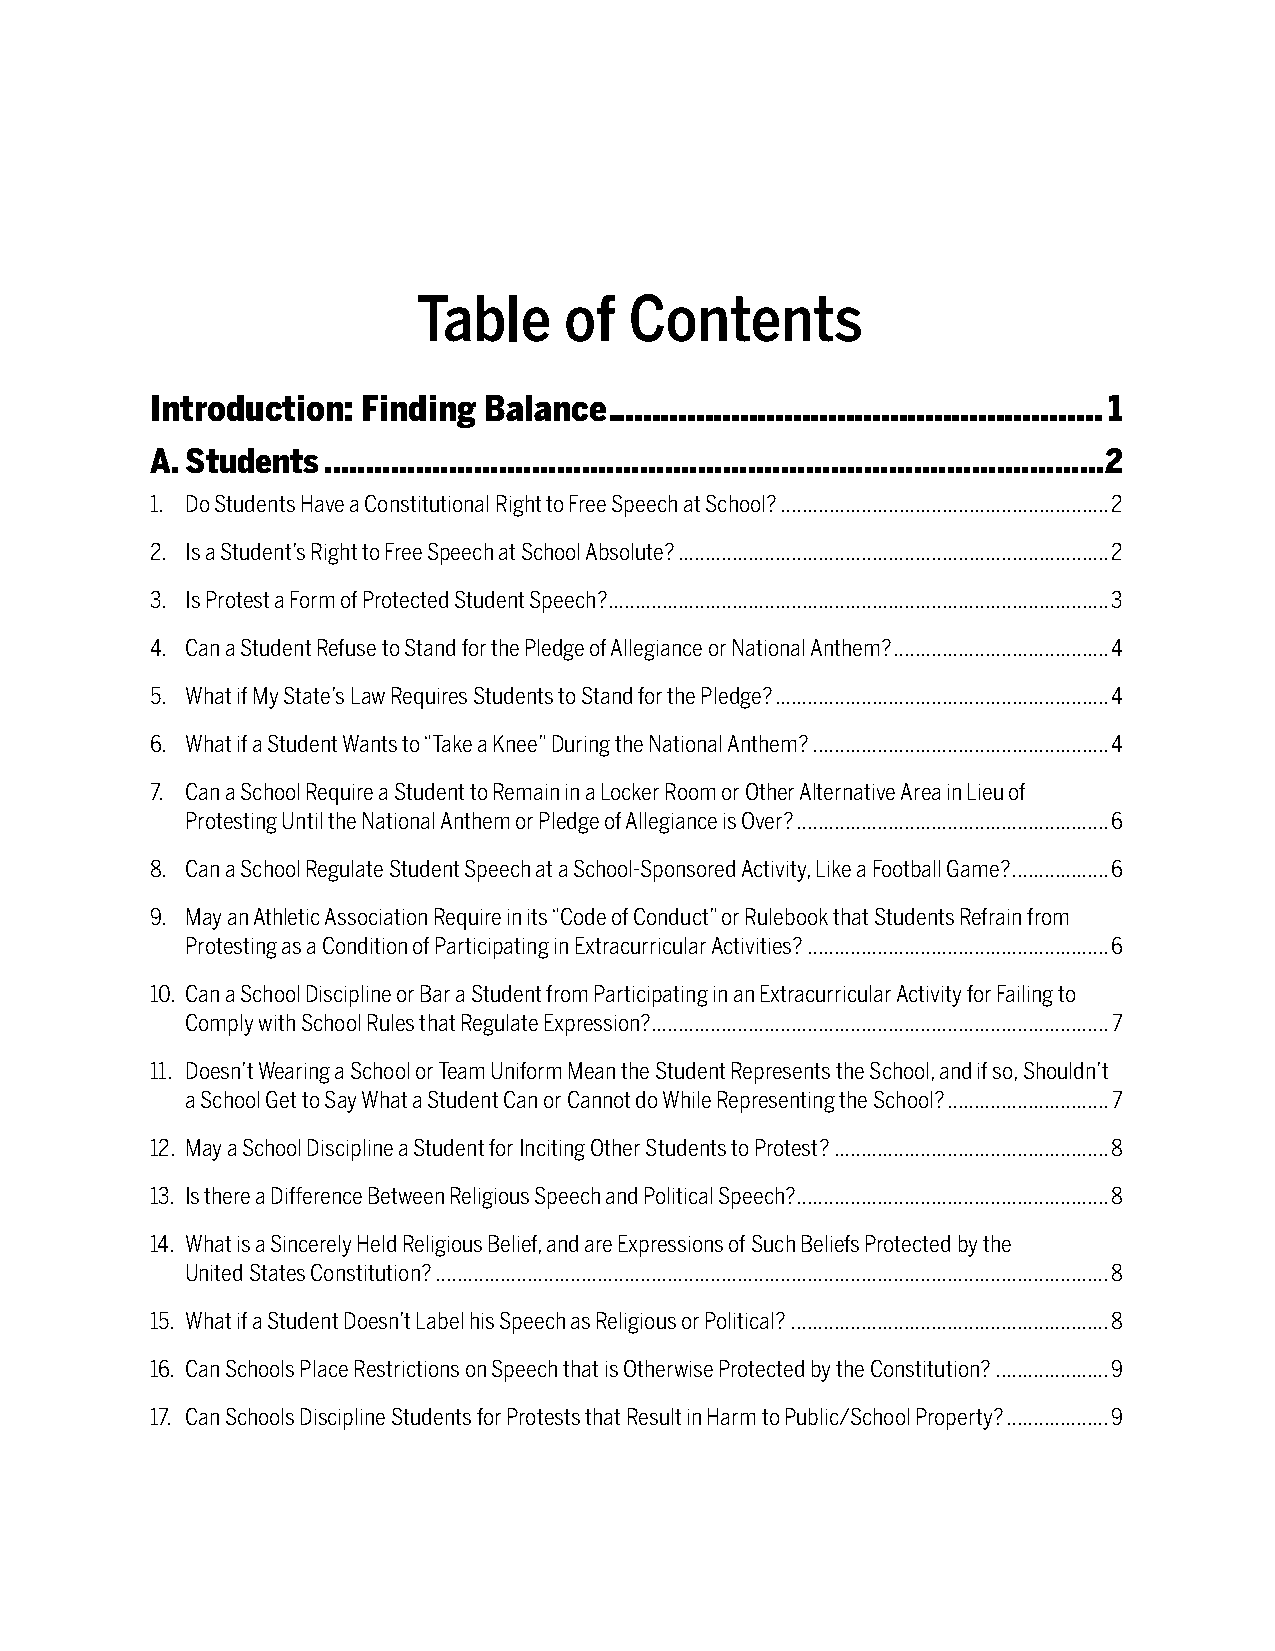
Table    of   Contents
 Introduction: Finding Balance ........................................................1
 A. Students ..............................................................................................2
 1. Do Students Have a Constitutional Right to Free Speech at School? .............................................................2
 2. Is a Student’s Right to Free Speech at School Absolute? ................................................................................2
 3. Is Protest a Form of Protected Student Speech? .............................................................................................3
 4. Can a Student Refuse to Stand for the Pledge of Allegiance or National Anthem? ........................................4
 5. What if My State’s Law Requires Students to Stand for the Pledge? ..............................................................4
 6. What if a Student Wants to “Take a Knee” During the National Anthem? .......................................................4
 7. Can a School Require a Student to Remain in a Locker Room or Other Alternative Area in Lieu of
 Protesting Until the National Anthem or Pledge of Allegiance is Over? ..........................................................6
 8. Can a School Regulate Student Speech at a School-Sponsored Activity, Like a Football Game? ..................6
 9. May an Athletic Association Require in its “Code of Conduct” or Rulebook that Students Refrain from
 Protesting as a Condition of Participating in Extracurricular Activities? ........................................................6
 10. Can a School Discipline or Bar a Student from Participating in an Extracurricular Activity for Failing to
 Comply with School Rules that Regulate Expression?.....................................................................................7
 11. Doesn’t Wearing a School or Team Uniform Mean the Student Represents the School, and if so, Shouldn’t
 a School Get to Say What a Student Can or Cannot do While Representing the School? ..............................7
 12. May a School Discipline a Student for Inciting Other Students to Protest? ...................................................8
 13. Is there a Difference Between Religious Speech and Political Speech? ..........................................................8
 14. What is a Sincerely Held Religious Belief, and are Expressions of Such Beliefs Protected by the
 United States Constitution? .............................................................................................................................8
 15. What if a Student Doesn’t Label his Speech as Religious or Political? ...........................................................8
 16. Can Schools Place Restrictions on Speech that is Otherwise Protected by the Constitution? .....................9
 17. Can Schools Discipline Students for Protests that Result in Harm to Public/School Property? ...................9